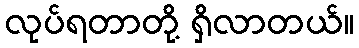
လုပ်ရတာတို့ ရှိလာတယ်။